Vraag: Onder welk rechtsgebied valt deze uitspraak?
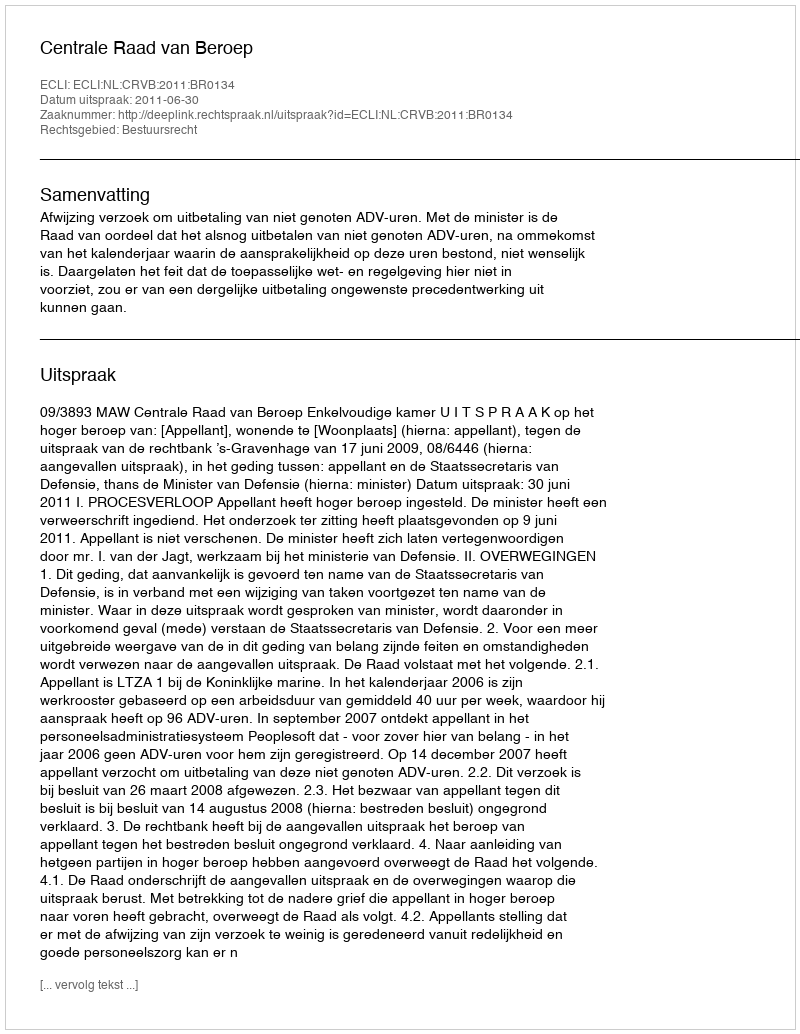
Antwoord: Bestuursrecht